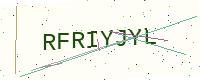
Text: RFRIYJYL